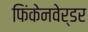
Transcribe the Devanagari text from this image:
फिंकेनवेर्डर